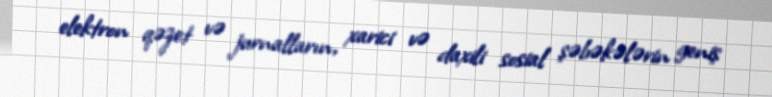
elektron qəzet və jurnalların, xarici və daxili sosial şəbəkələrin geniş